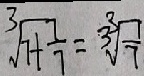
\sqrt [ 3 ] { 7 + \frac { 7 } { 7 } } = 3 \sqrt [ 3 ] { \frac { 1 } { 7 } }